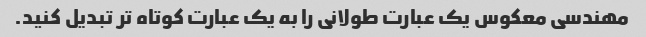
مهندسی معکوس یک عبارت طولانی را به یک عبارت کوتاه تر تبدیل کنید.